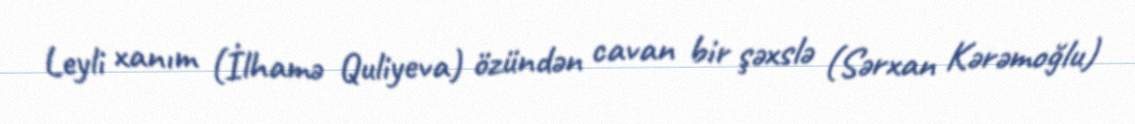
Leyli xanım (İlhamə Quliyeva) özündən cavan bir şəxslə (Sərxan Kərəmoğlu)